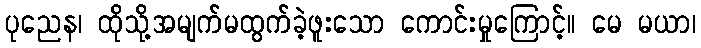
ပုညေန၊ ထိုသို့အမျက်မထွက်ခဲ့ဖူးသော ကောင်းမှုကြောင့်။ မေ မယာ၊